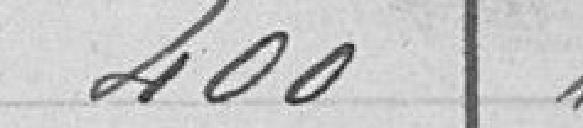
400